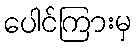
ပေါင်ကြားမှ